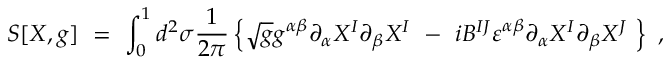
S [ X , g ] \ = \ \int _ { 0 } ^ { 1 } d ^ { 2 } \sigma \frac { 1 } { 2 \pi } \left\{ \sqrt { g } g ^ { \alpha \beta } \partial _ { \alpha } X ^ { I } \partial _ { \beta } X ^ { I } \ - \ i B ^ { I J } \varepsilon ^ { \alpha \beta } \partial _ { \alpha } X ^ { I } \partial _ { \beta } X ^ { J } \ \right\} \ ,